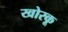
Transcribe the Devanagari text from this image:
खोरकू